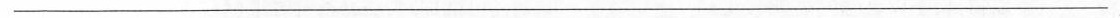
___